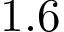
1 . 6